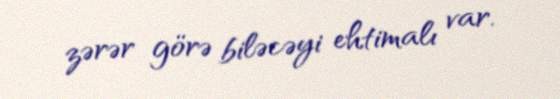
zərər görə biləcəyi ehtimalı var.